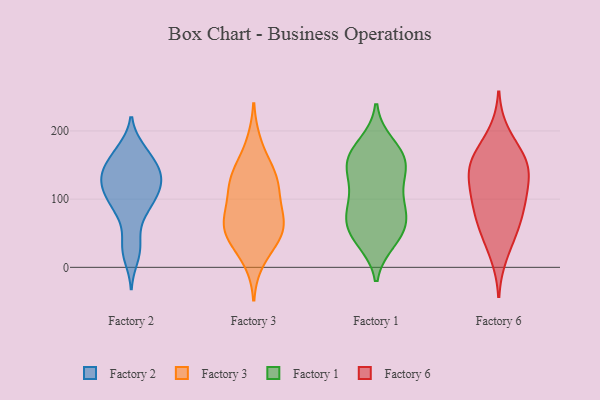
{"axis": {"x": "Operating Costs (USD K)", "y": "Value"}, "legend": ["Factory 1", "Factory 2", "Factory 3", "Factory 6"], "data": [{"x": "", "y": 142, "type": "Factory 2"}, {"x": "", "y": 170, "type": "Factory 2"}, {"x": "", "y": 98, "type": "Factory 2"}, {"x": "", "y": 107, "type": "Factory 2"}, {"x": "", "y": 100, "type": "Factory 2"}, {"x": "", "y": 145, "type": "Factory 2"}, {"x": "", "y": 76, "type": "Factory 2"}, {"x": "", "y": 28, "type": "Factory 2"}, {"x": "", "y": 173, "type": "Factory 2"}, {"x": "", "y": 35, "type": "Factory 2"}, {"x": "", "y": 15, "type": "Factory 2"}, {"x": "", "y": 137, "type": "Factory 2"}, {"x": "", "y": 118, "type": "Factory 2"}, {"x": "", "y": 80, "type": "Factory 2"}, {"x": "", "y": 105, "type": "Factory 2"}, {"x": "", "y": 124, "type": "Factory 2"}, {"x": "", "y": 129, "type": "Factory 2"}, {"x": "", "y": 145, "type": "Factory 2"}, {"x": "", "y": 136, "type": "Factory 2"}, {"x": "", "y": 168, "type": "Factory 2"}, {"x": "", "y": 65, "type": "Factory 3"}, {"x": "", "y": 49, "type": "Factory 3"}, {"x": "", "y": 11, "type": "Factory 3"}, {"x": "", "y": 135, "type": "Factory 3"}, {"x": "", "y": 139, "type": "Factory 3"}, {"x": "", "y": 102, "type": "Factory 3"}, {"x": "", "y": 75, "type": "Factory 3"}, {"x": "", "y": 181, "type": "Factory 3"}, {"x": "", "y": 49, "type": "Factory 3"}, {"x": "", "y": 129, "type": "Factory 3"}, {"x": "", "y": 54, "type": "Factory 3"}, {"x": "", "y": 44, "type": "Factory 3"}, {"x": "", "y": 125, "type": "Factory 3"}, {"x": "", "y": 88, "type": "Factory 3"}, {"x": "", "y": 130, "type": "Factory 1"}, {"x": "", "y": 117, "type": "Factory 1"}, {"x": "", "y": 47, "type": "Factory 1"}, {"x": "", "y": 158, "type": "Factory 1"}, {"x": "", "y": 168, "type": "Factory 1"}, {"x": "", "y": 57, "type": "Factory 1"}, {"x": "", "y": 78, "type": "Factory 1"}, {"x": "", "y": 88, "type": "Factory 1"}, {"x": "", "y": 47, "type": "Factory 1"}, {"x": "", "y": 88, "type": "Factory 1"}, {"x": "", "y": 39, "type": "Factory 1"}, {"x": "", "y": 160, "type": "Factory 1"}, {"x": "", "y": 153, "type": "Factory 1"}, {"x": "", "y": 143, "type": "Factory 1"}, {"x": "", "y": 180, "type": "Factory 1"}, {"x": "", "y": 75, "type": "Factory 1"}, {"x": "", "y": 107, "type": "Factory 6"}, {"x": "", "y": 170, "type": "Factory 6"}, {"x": "", "y": 101, "type": "Factory 6"}, {"x": "", "y": 196, "type": "Factory 6"}, {"x": "", "y": 143, "type": "Factory 6"}, {"x": "", "y": 155, "type": "Factory 6"}, {"x": "", "y": 63, "type": "Factory 6"}, {"x": "", "y": 153, "type": "Factory 6"}, {"x": "", "y": 18, "type": "Factory 6"}, {"x": "", "y": 93, "type": "Factory 6"}, {"x": "", "y": 142, "type": "Factory 6"}, {"x": "", "y": 143, "type": "Factory 6"}, {"x": "", "y": 60, "type": "Factory 6"}, {"x": "", "y": 102, "type": "Factory 6"}, {"x": "", "y": 51, "type": "Factory 6"}]}